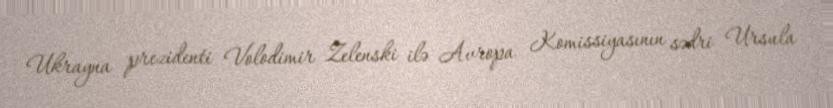
Ukrayna prezidenti Volodimir Zelenski ilə Avropa Komissiyasının sədri Ursula